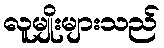
လူမျိုးများသည်